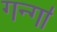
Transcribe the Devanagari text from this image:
गन्गा॑